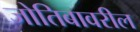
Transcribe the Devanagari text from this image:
जोतिबावरील